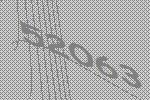
52063